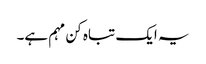
یہ ایک تباہ کن مہم ہے۔